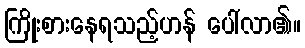
ကြိုးစားနေရသည့်ဟန် ပေါ်လာ၏။